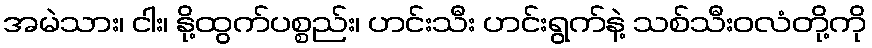
အမဲသား၊ ငါး၊ နို့ထွက်ပစ္စည်း၊ ဟင်းသီး ဟင်းရွက်နဲ့ သစ်သီးဝလံတို့ကို